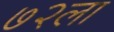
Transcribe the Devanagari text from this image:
७२ला